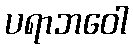
ပရာဘဝေါ